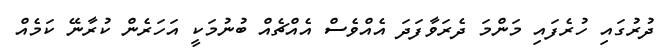
ދުރުގައި ހުރެފައި މަންމަ ދެރަވާފަދަ އެއްވެސް އެއްޗެއް ބުނުމަކީ އަހަރެން ކުރާނޭ ކަމެއް